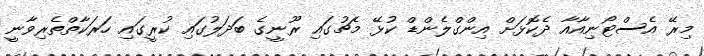
މިރޭ އެސްޓޯނިއާއާ ދެކޮޅަށް އިންގްލެންޑް ކުޅޭ މެޗުގައި ރޫނީގެ ބަދަލުގައި ކުރީގައި ހަރަކާތްތެރިވާނީ